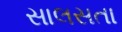
સાલસતા